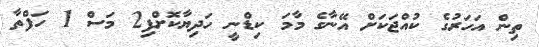
ތިން އަހަރުގެ ކުއްޖަކަށް އޭނާގެ މާމަ ކިޑްނީ ހަދިޔާކޮށްފި2 މަސް 1 ހަފްތާ